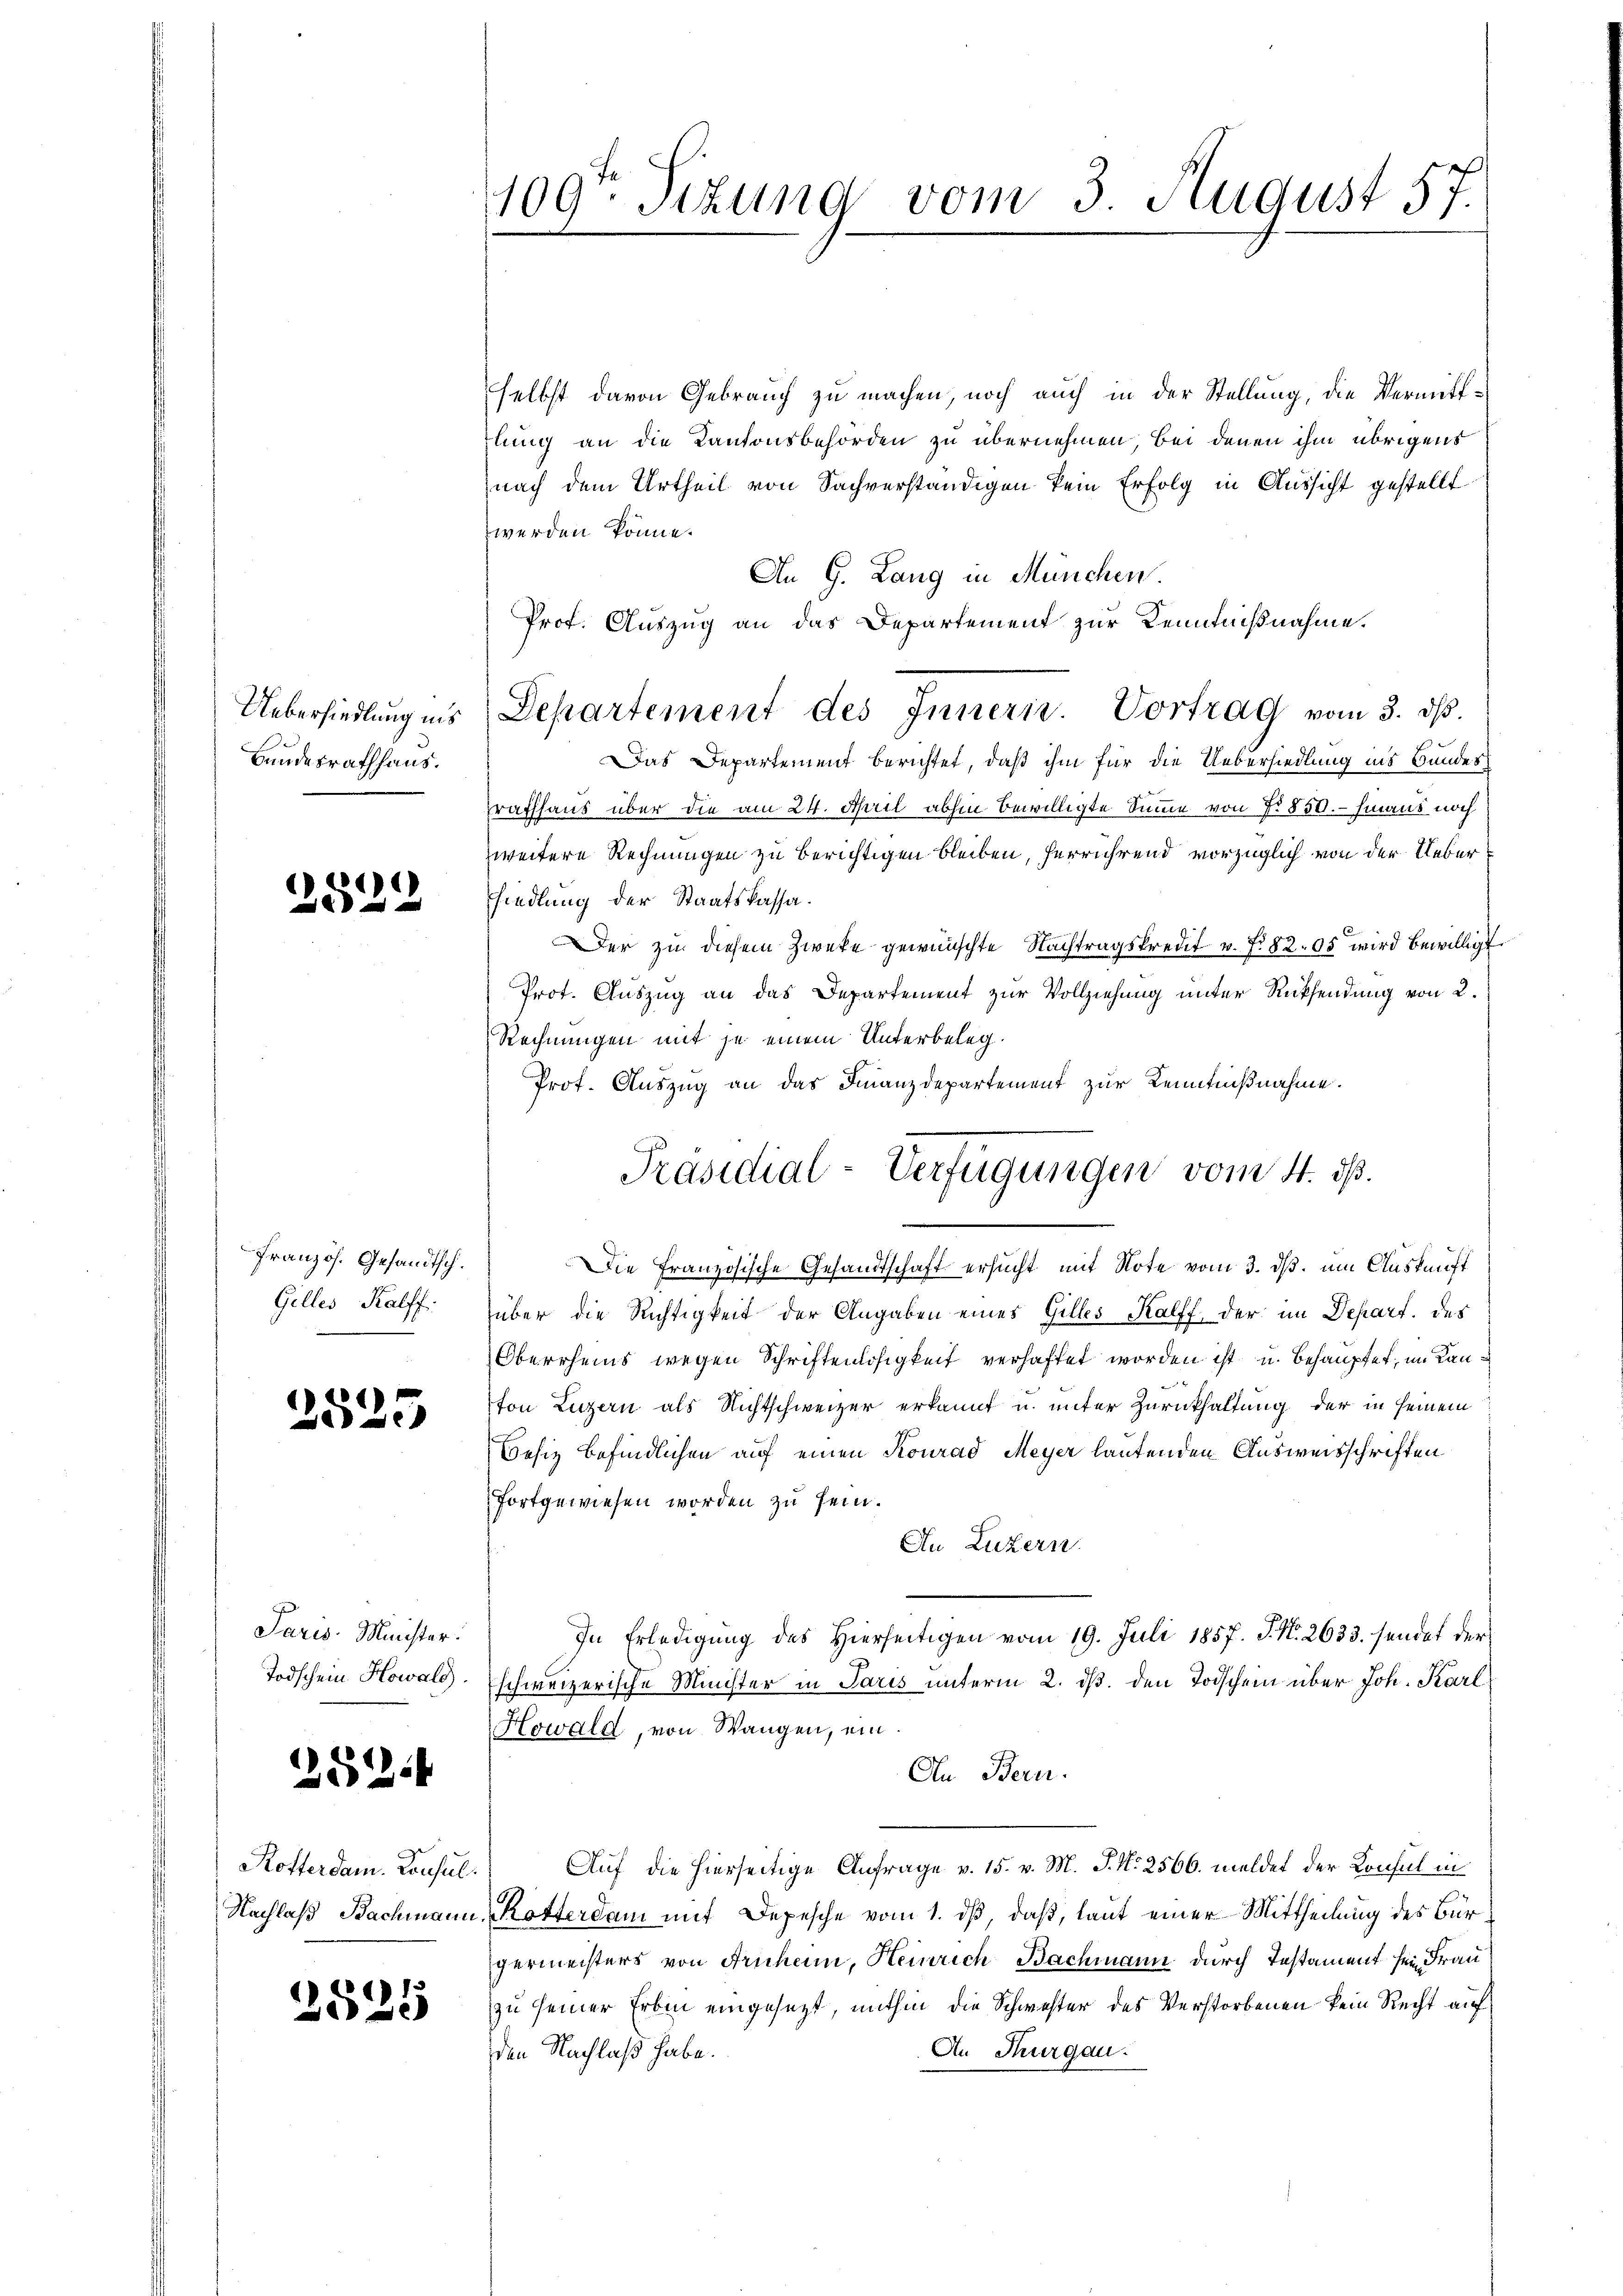
Uebersiedlung ins
Bundesrathhaus.

2522

französ. Gesandtsch.
Gilles Kalff.

2525

Paris Minister.
Todschein Howald.

252.

2525

selbst davon Gebrauch zu machen, noch auch in der Stellung, die Vermittlung an die Kantonsbehörden zu übernehmen, bei denen ihm übrigens
nach dem Urtheil von Sachverständigen kein Erfolg in Aussicht gestellt
werden könne.
An G. Lang in München.
Prof. Auszug an das Departement zur Kenntnißnahme.
Das Departement berichtet, daß ihm für die Uebersiedlung ins Bundes
raffhaus über die am 24. April abhin bewilligte Summe von No 850. - hinaus noch
zweitere Rechnungen zu berichtigen bleiben, herrührend vorzüglich von der Ueberfiedlung der Staatskassa¬
Der zu diesem Zwecke gewünschte Nachtragskredit v. f. 82. 05 wird bewilligt
Prot. Auszug an das Departement zur Vollziehung unter Rücksendung von 2.
Rechnungen mit je einem Unterbeleg¬
Prot. Auszug an das Finanzdepartement zur Kenntnißnahme.
Die Französische Gesandtschaft ersucht mit Note vom 3. ds. um Auskunft
über die Richtigkeit der Angaben eines Gilles Kalff, der im Depart. des
Oberrheins wegen Schriftenlosigkeit verhaftet worden ist u. behauptet, im Kanton Luzern als Nichtschweizer erkannt u. unter Zurückhaltung der in seinem
Besiz befindlichen auf einen Konrad Meyer lautenden Ausweisschriften
fortgewiesen worden zu sein.
An Luzern.
In Erledigung des Hierseitigen vom 19. Juli 1857. J. No. 2633. sendet der
schweizerische Minister in Paris unterm 2. ds. den Todschein über Joh. Karl
Howald, von Wangen, ein.
An Bern.
Kofterdam. Konsul. Auf die hierseitige Anfrage v. 15. v. M. J. N. 2566. meldet der Konsul in
Nachlaß Bachmann, Kotterdam mit Depesche vom 1. dβ, daß, laut einer Mittheilung des Bürgermeisters von Frühem, Heinrich Bachmann durch Testament sein Frau
zu seiner Erben eingesezt, mithin die Schwester des Verstorbenen kein Recht auf
An Thurgau.
den Nachlaß habe.

109ten Sitzung vom 3 August 57.

Separtement des Innern. Vortrag vom 3. ds.

Präsidial-Verfügungen vom 4. ds.